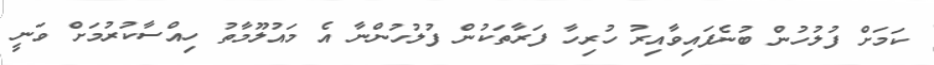
ކަމަށް ފުލުހުން ބުނެފައިވާއިރު ހުރިހާ ފަރާތަކުން ފުލުހުންނާ އެ މައުލޫމާތު ހިއްސާކުރުމަށް ވަނީ